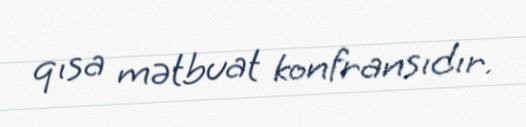
qısa mətbuat konfransıdır.